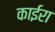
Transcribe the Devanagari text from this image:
काईरा